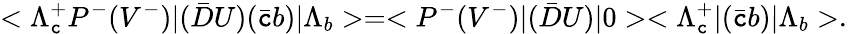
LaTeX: <\Lambda_{\mathtt{c}}^{+}P^{-}(V^{-})|(\bar{{D}}U)(\bar{{\mathtt{c}}}b)|\Lambda_{b}>=<P^{-}(V^{-})|(\bar{{D}}U)|0><\Lambda_{\mathtt{c}}^{+}|(\bar{{\mathtt{c}}}b)|\Lambda_{b}>.\;